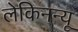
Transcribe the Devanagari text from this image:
लेकिनन्यू